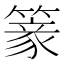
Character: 𥲰